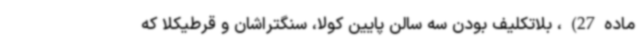
ماده27)، بلاتکلیف بودن سه سالن پایین کولا، سنگتراشان و قرطیکلا که